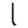
Digit: 1